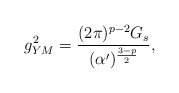
\begin{align*} g^2_{YM}=\frac{(2\pi)^{p-2}G_s}{(\alpha')^{\frac{3-p}{2}}},\end{align*}